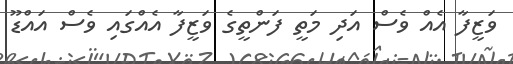
ވަޒީފާ އެއް ވެސް އަދި މަތީ ފަންތީގެ ވަޒީފާ އެއްގައި ވެސް އައްޑޫ